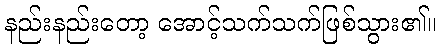
နည်းနည်းတော့ အောင့်သက်သက်ဖြစ်သွား၏။